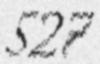
527